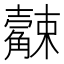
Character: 𧥆